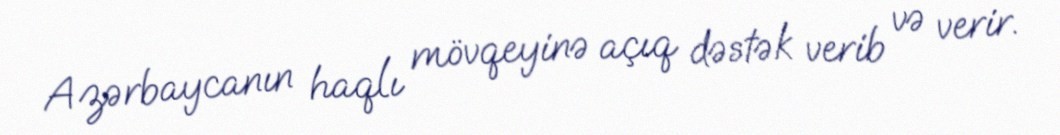
Azərbaycanın haqlı mövqeyinə açıq dəstək verib və verir.